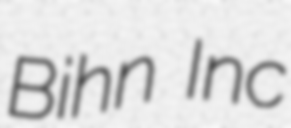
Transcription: Bihn Inc